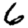
Digit: 6